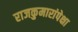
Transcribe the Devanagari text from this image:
राजकुमारांपेक्षा